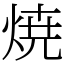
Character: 焼